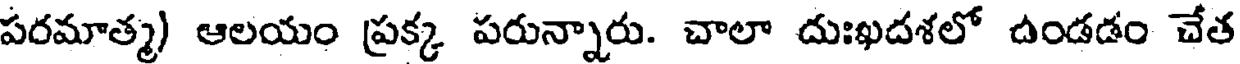
పరమాత్మ) ఆలయం ప్రక్క పరున్నారు. చాలా దుఃఖదశలో ఉండడం చేత